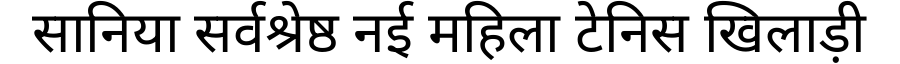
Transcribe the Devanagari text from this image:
सानिया सर्वश्रेष्ठ नई महिला टेनिस खिलाड़ी